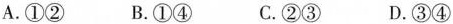
A.①② B.①④ C.②③ D.③④